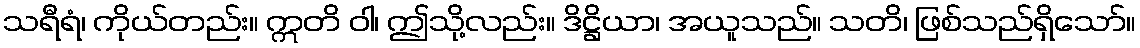
သရီရံ၊ ကိုယ်တည်း။ ဣတိ ဝါ၊ ဤသို့လည်း။ ဒိဋ္ဌိယာ၊ အယူသည်။ သတိ၊ ဖြစ်သည်ရှိသော်။